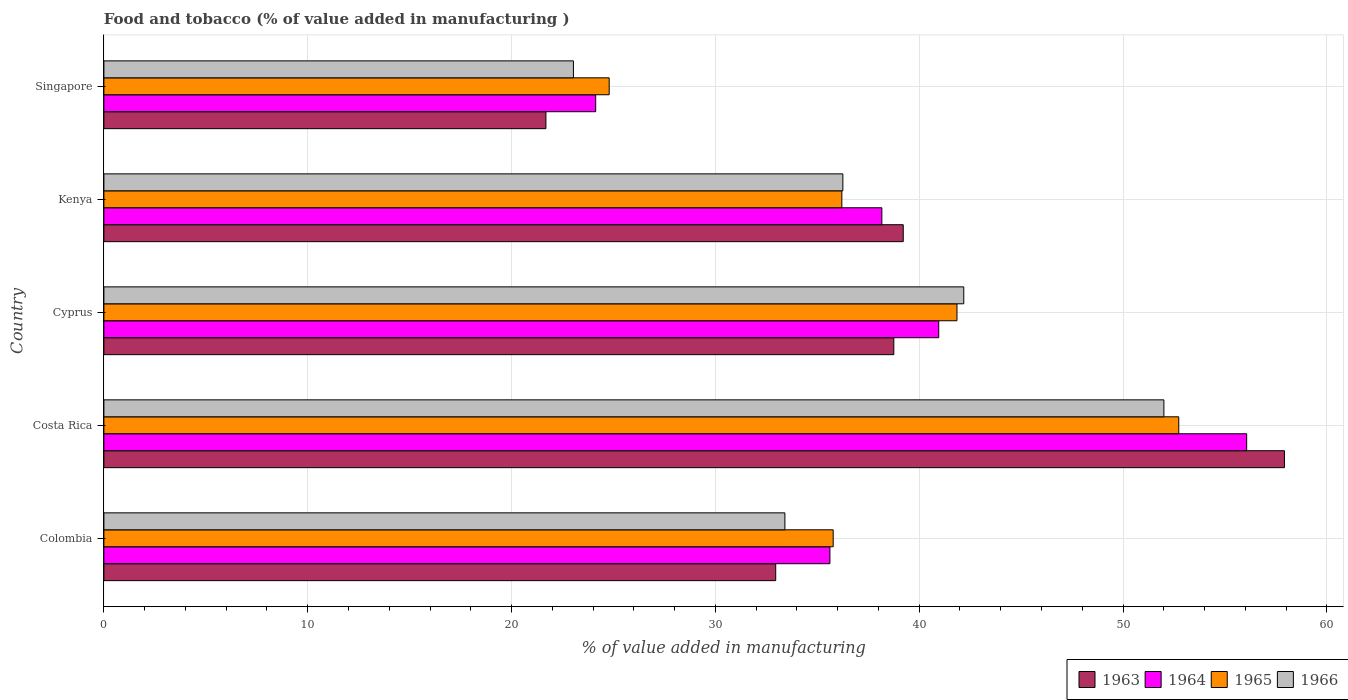
| Country | 1963 | 1964 | 1965 | 1966 |
 | --- | --- | --- | --- | --- |
 | Colombia | 33 | 35.6 | 35.8 | 33.4 |
 | Costa Rica | 57.9 | 56.1 | 52.7 | 52 |
 | Cyprus | 38.8 | 41 | 41.9 | 42.2 |
 | Kenya | 39.2 | 38.2 | 36.2 | 36.3 |
 | Singapore | 21.7 | 24.1 | 24.8 | 23 |